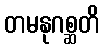
တမနုဂစ္ဆတိ